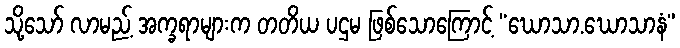
သို့သော် လာမည့် အက္ခရာများက တတိယ ပဌမ ဖြစ်သောကြောင့် “ဃောသာ.ဃောသာနံ”